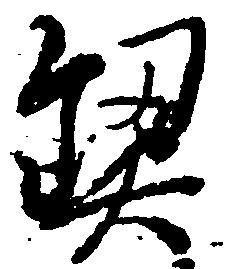
契